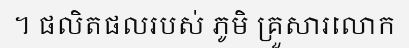
។ ផលិតផលរបស់ ភូមិ គ្រួសារលោក